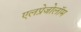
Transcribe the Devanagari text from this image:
एलप्रेजोलॉम